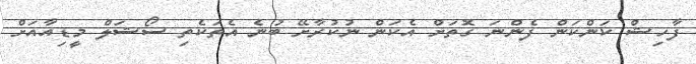
ފާހިޝް ކަންކަން ފެންނަ ގޮތަށް އެކަން ނުކުރާށޭ ބުނެ އެތަކެތި ސޯޝަލް މީޑިއާއަށް